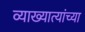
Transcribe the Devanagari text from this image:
व्याख्यात्यांच्या